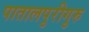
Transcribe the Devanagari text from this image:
पातालपुरीगुरु